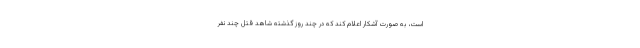
است، به صورت آشکار اعلام کند که در چند روز گذشته شاهد قتل چند نفر